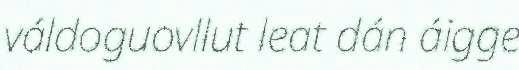
váldoguovllut leat dán áigge